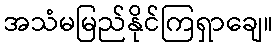
အသံမမြည်နိုင်ကြရှာချေ။